Civil Veterinary Department Bengal reports 1923-33 - 1923-1933
Year: 1923
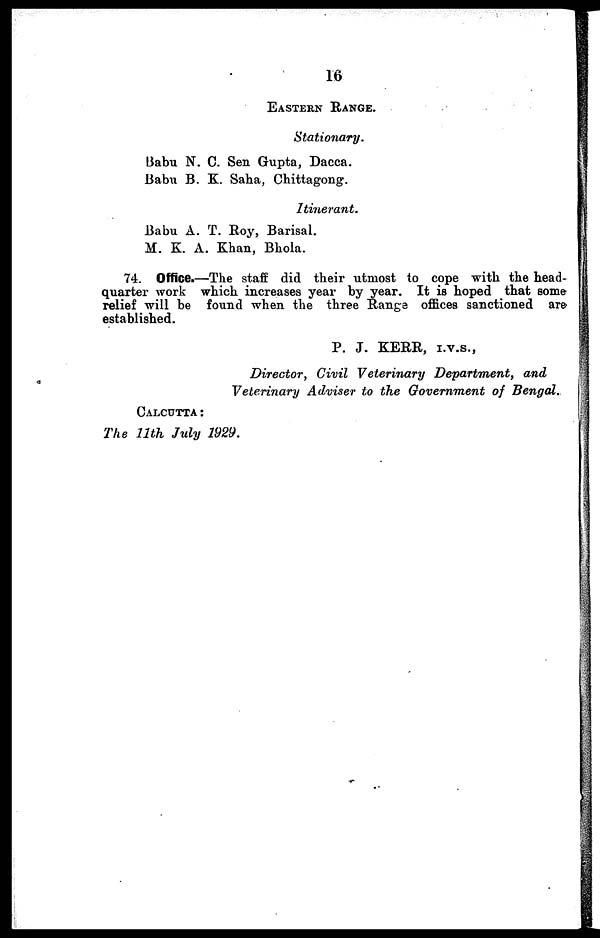
16
EASTERN RANGE. Stationary.
Babu N. C. Sen Gupta, Dacca.
Babu B. K. Saha, Chittagong.
Itinerant.
Babu A. T. Roy, Barisal.
M. K. A. Khan, Bhola.
74. Office.—The staff did their utmost to cope with the head-
quarter work which increases year by year. It is hoped that some
relief will be found when the three Range offices sanctioned are
established.
P. J. KERR, I.V.S.,
Director, Civil Veterinary Department,
and
Veterinary Adviser to the Government of Bengal.
CALCUTTA:
The 11th July 1929.